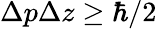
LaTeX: \Delta p\Delta z\ge\hbar/2